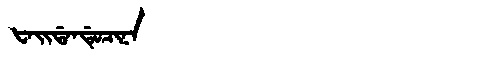
Manchu: ᡶᠠᡳᡩᠠᠨᡩᡠᠴᡳᠨᠠ
Romanization: FAIDANDUCINA